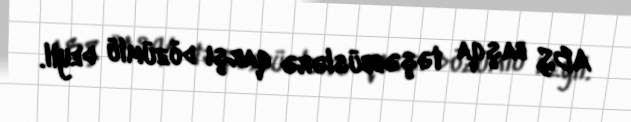
ABŞ başqa təşəbbüslərə qarşı dözümlü deyil.